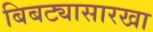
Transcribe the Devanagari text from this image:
बिबट्यासारखा